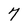
Character: 7